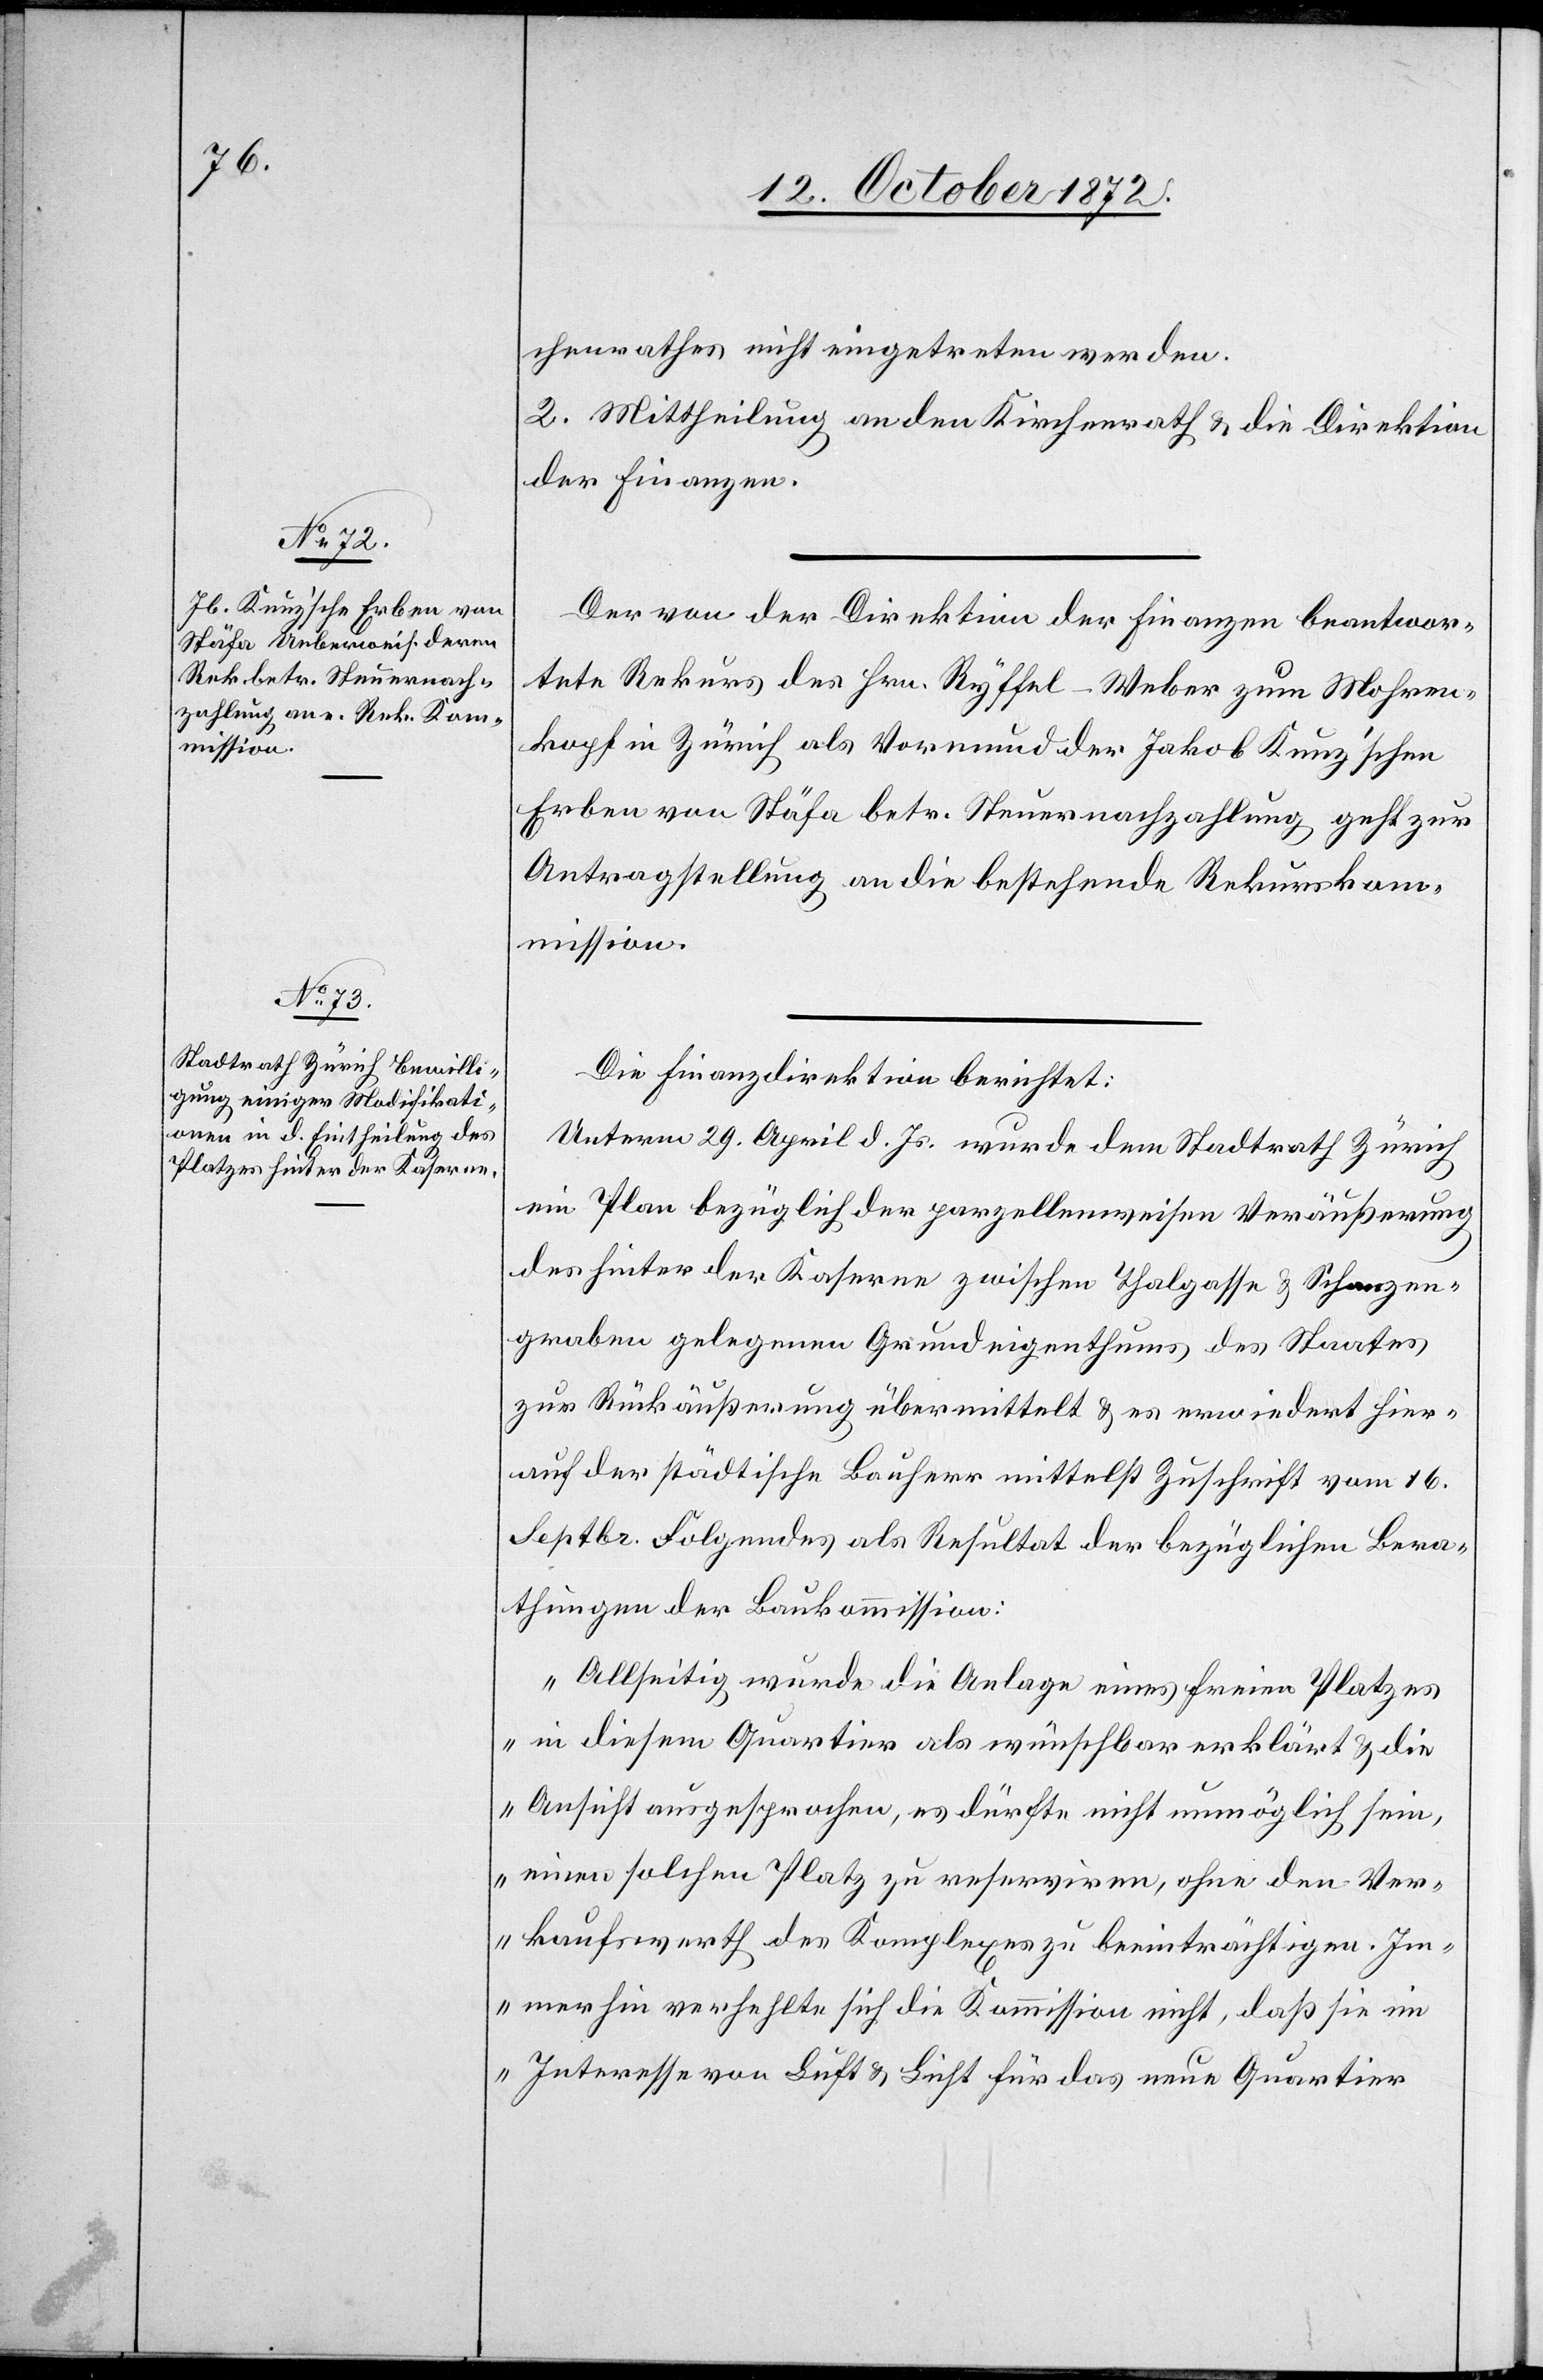
chenrathes nicht eingetreten werden.
2. Mittheilung an den Kirchenrath u. die Direktion
der Finanzen.
Der von der Direktion der Finanzen beantwor¬
tete Rekurs des Hrn. Ryffel–Weber zum Mohren¬
kopf in Zürich als Vormund der Jakob Kunz’schen
Erben von Stäfa betr. Steuernachzahlung geht zur
Antragstellung an die bestehende Rekurskom¬
mission.
Die Finanzdirektion berichtet:
Unterm 29. April d. Js. wurde dem Stadtrath Zürich
ein Plan bezüglich der parzellenweisen Veräußerung
des hinter der Kaserne zwischen Thalgasse u. Schanzen¬
graben gelegenen Grundeigenthums des Staats
zur Rückäußerung übermittelt u. es erwiedert hier¬
auf der städtische Bauherr mittelst Zuschrift vom 16.
Septbr. Folgendes als Resultat der bezüglichen Bera¬
thungen der Baukommission:
„Allseitig wurde die Anlage eines freien Platzes
in diesem Quartier als wünschbar erklärt u. die
Ansicht ausgesprochen, es dürfte nicht unmöglich sein,
einen solchen Platz zu reserviren, ohne den Ver¬
kaufswerth des Komplexes zu beeinträchtigen. Im¬
merhin verhehlte sich die Kommission nicht, daß sie im
Interesse von Luft u. Licht für das neue Quartier